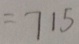
= 7 1 5